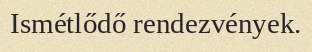
Ismétlődő rendezvények.